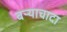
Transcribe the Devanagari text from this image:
बऱ्याचादा